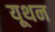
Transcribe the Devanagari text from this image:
यूथन